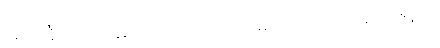
အဖေါ်ရှိက ငြင်းခုံရတတ်ကြောင်း ဆုံးမသော ဂါထာ၊ မဟာဇနက